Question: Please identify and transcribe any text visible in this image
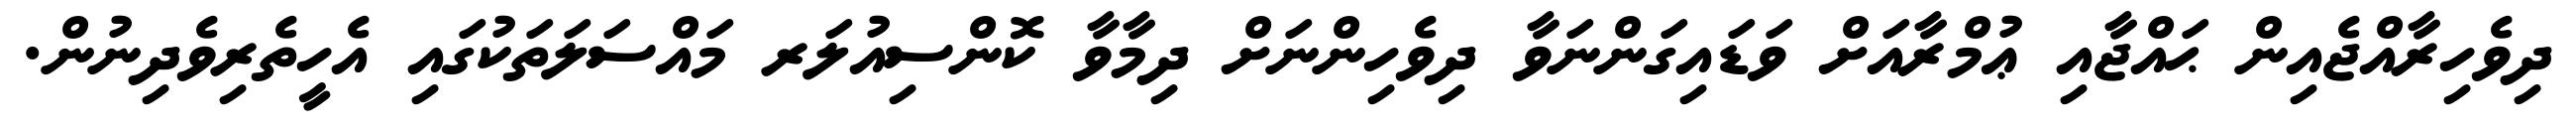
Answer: ދިވެހިރާއްޖެއިން ޙައްޖާއި ޢުމްރާއަށް ވަޑައިގަންނަވާ ދިވެހިންނަށް ދިމާވާ ކޮންސިއުލަރ މައްސަލަތަކުގައި އެހީތެރިވެދިނުން.